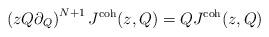
LaTeX: \begin{align*} \left(zQ \partial_Q\right)^{N+1} J^\textnormal{coh}(z,Q) = Q J^\textnormal{coh}(z,Q) \end{align*}